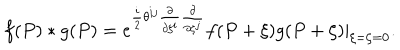
LaTeX: f ( P ) * g ( P ) = e ^ { \frac { i } { 2 } \theta ^ { i j } \frac { \partial } { \partial \xi ^ { i } } \frac { \partial } { \partial \zeta ^ { j } } } f ( P + \xi ) g ( P + \zeta ) | _ { \xi = \zeta = 0 } .